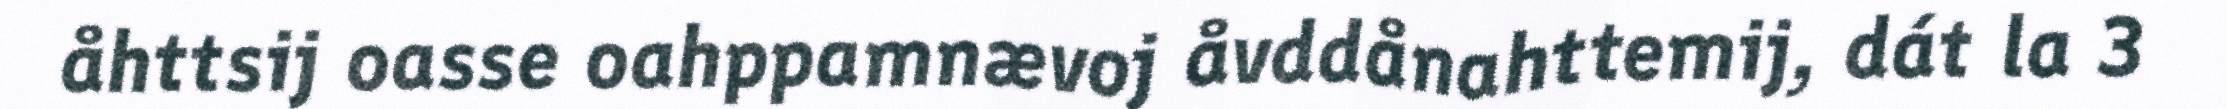
åhttsij oasse oahppamnævoj åvddånahttemij, dát la 3